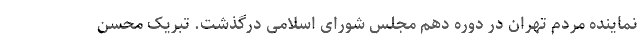
نماینده مردم تهران در دوره دهم مجلس شورای اسلامی درگذشت. تبریک محسن